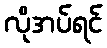
လိုအပ်ရင်